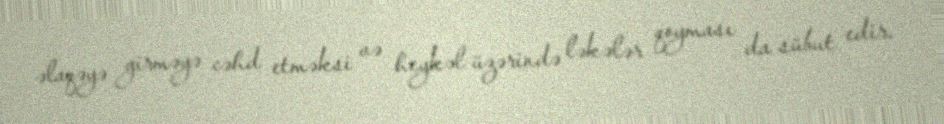
əlaqəyə girməyə cəhd etməksi və heykəl üzərində ləkələr qoyması da sübut edir.